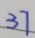
3 7